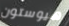
هيوستون